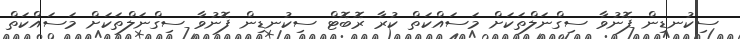
ސިކުނޑިން ފޮނުވާ ސިގްނަލްތަކަށް މަސައްކަތް ކުރާ ރޮބޮޓް ސިކުނޑިން ފޮނުވާ ސިގްނަލްތަކަށް މަސައްކަތް